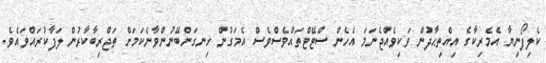
ކެލިފޯނިޔާ އެމެރިކާގެ އިއްތިޙާދުން ވަކިވެއްޖެނަމަ އެހެން ސްޓޭޓްތައްވެސްވެސް އެމަގުން ހިނގަންބޭނުންވާނެކަމަށް ތަޖްރިބާކާރުން ލަފާކުރައްވައެވެ.